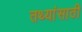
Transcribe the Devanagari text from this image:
तथ्यांसाठी